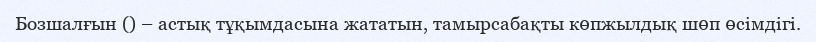
Бозшалғын () – астық тұқымдасына жататын, тамырсабақты көпжылдық шөп өсімдігі.